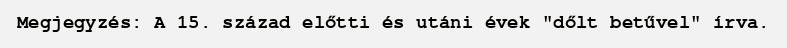
Megjegyzés: A 15. század előtti és utáni évek "dőlt betűvel" írva.